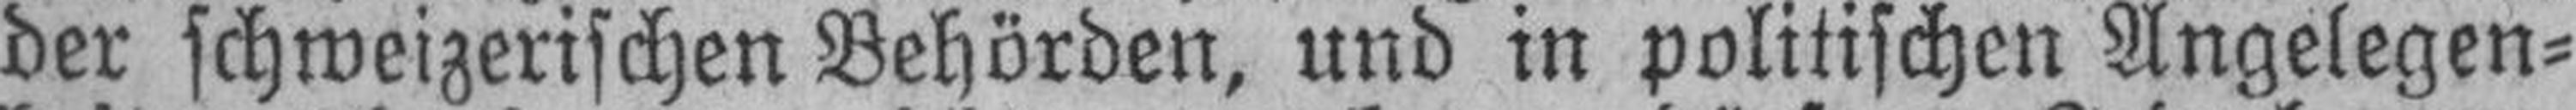
der schweizerischen Behörden, und in politischen Angelegen¬